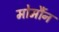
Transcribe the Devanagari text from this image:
मोर्मौन